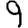
Digit: 9